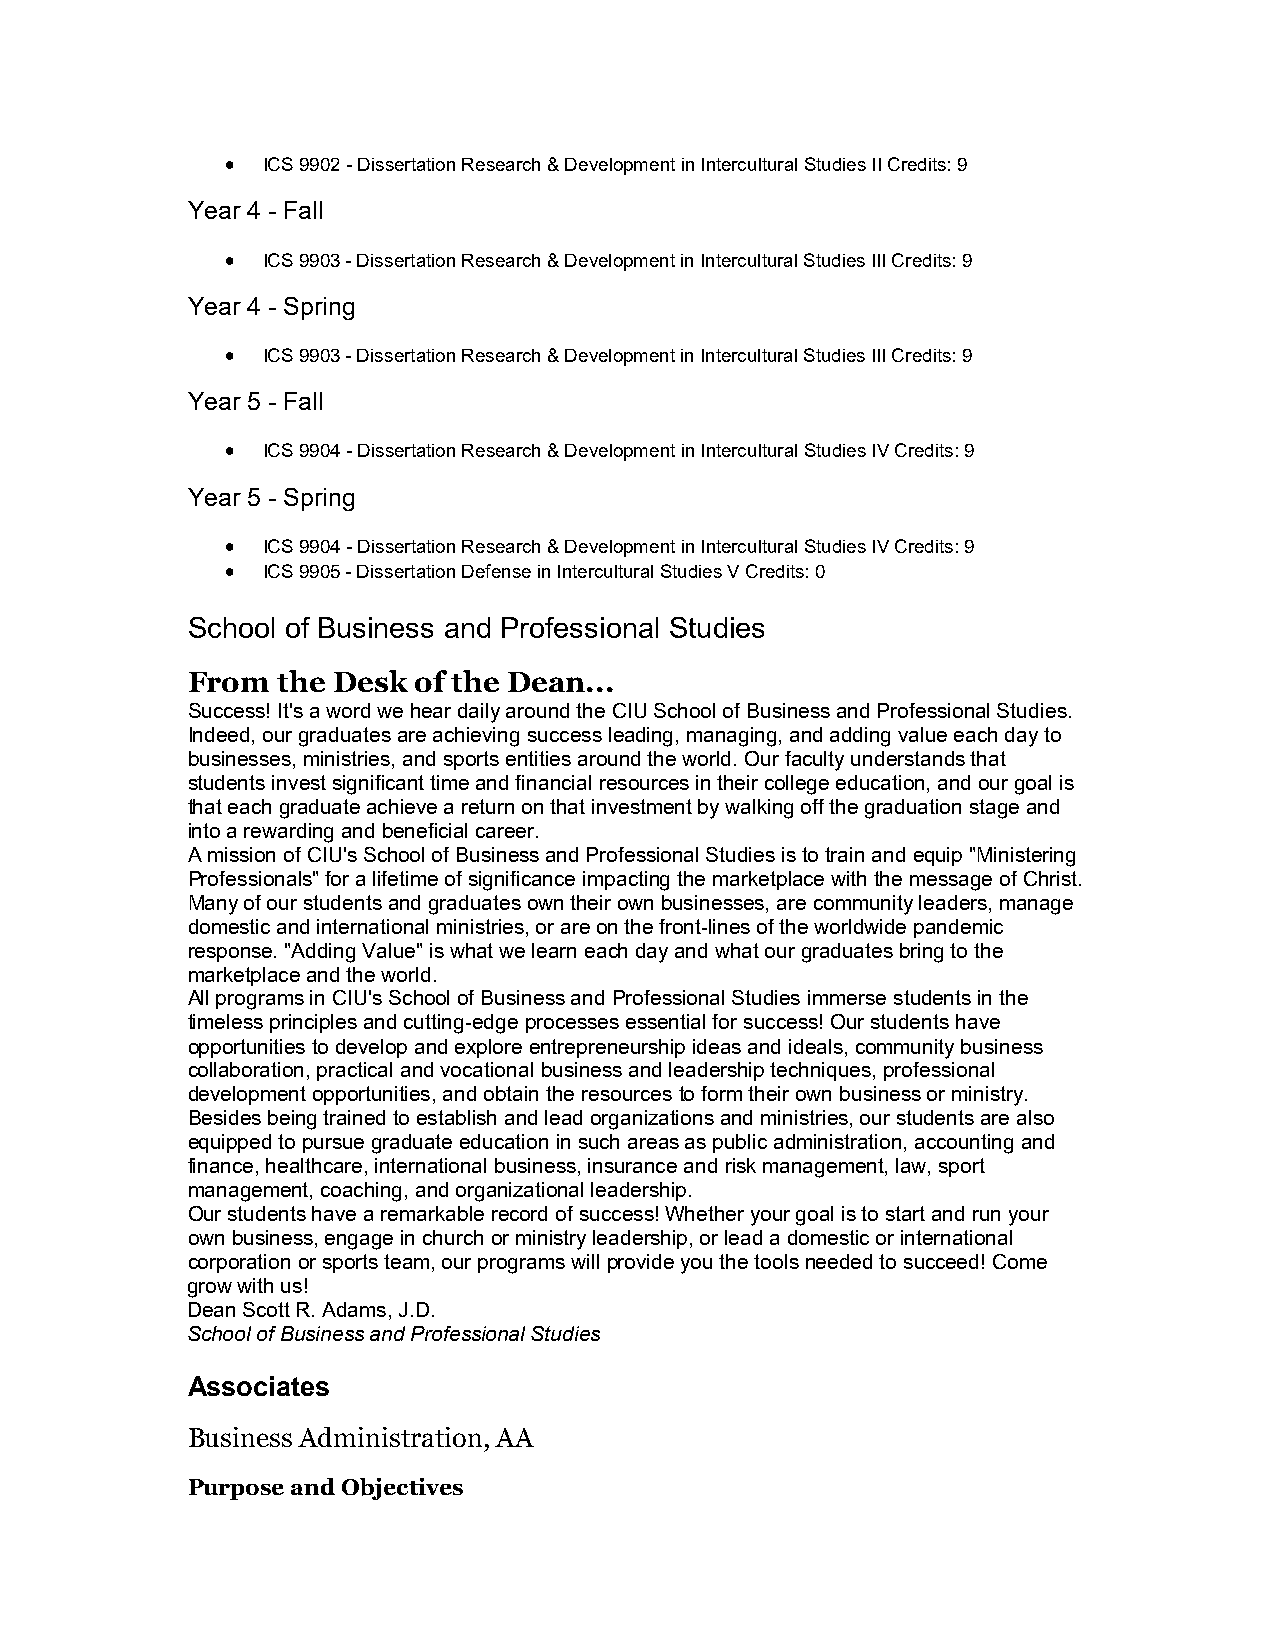
 ICS 9902 - Dissertation Research & Development in Intercultural Studies II Credits: 9
 Year 4 - Fall
  ICS 9903 - Dissertation Research & Development in Intercultural Studies III Credits: 9
 Year 4 - Spring
  ICS 9903 - Dissertation Research & Development in Intercultural Studies III Credits: 9
 Year 5 - Fall
  ICS 9904 - Dissertation Research & Development in Intercultural Studies IV Credits: 9
 Year 5 - Spring
  ICS 9904 - Dissertation Research & Development in Intercultural Studies IV Credits: 9
  ICS 9905 - Dissertation Defense in Intercultural Studies V Credits: 0
 School of Business and Professional Studies
 From  the Desk of the Dean...
 Success! It's a word we hear daily around the CIU School of Business and Professional Studies.
 Indeed, our graduates are achieving success leading, managing, and adding value each day to
 businesses, ministries, and sports entities around the world. Our faculty understands that
 students invest significant time and financial resources in their college education, and our goal is
 that each graduate achieve a return on that investment by walking off the graduation stage and
 into a rewarding and beneficial career.
 A mission of CIU's School of Business and Professional Studies is to train and equip "Ministering
 Professionals" for a lifetime of significance impacting the marketplace with the message of Christ.
 Many of our students and graduates own their own businesses, are community leaders, manage
 domestic and international ministries, or are on the front-lines of the worldwide pandemic
 response. "Adding Value" is what we learn each day and what our graduates bring to the
 marketplace and the world.
 All programs in CIU's School of Business and Professional Studies immerse students in the
 timeless principles and cutting-edge processes essential for success! Our students have
 opportunities to develop and explore entrepreneurship ideas and ideals, community business
 collaboration, practical and vocational business and leadership techniques, professional
 development opportunities, and obtain the resources to form their own business or ministry.
 Besides being trained to establish and lead organizations and ministries, our students are also
 equipped to pursue graduate education in such areas as public administration, accounting and
 finance, healthcare, international business, insurance and risk management, law, sport
 management, coaching, and organizational leadership.
 Our students have a remarkable record of success! Whether your goal is to start and run your
 own business, engage in church or ministry leadership, or lead a domestic or international
 corporation or sports team, our programs will provide you the tools needed to succeed! Come
 grow with us!
 Dean Scott R. Adams, J.D.
 School of Business and Professional Studies
 Associates
 Business Administration, AA
 Purpose and Objectives